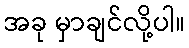
အခု မှာချင်လို့ပါ။